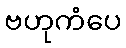
ဗဟုကံပေ